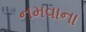
નમવાના